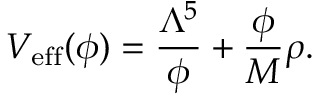
V _ { \mathrm { e f f } } ( \phi ) = \frac { \Lambda ^ { 5 } } { \phi } + \frac { \phi } { M } \rho .